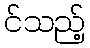
င်သည့်